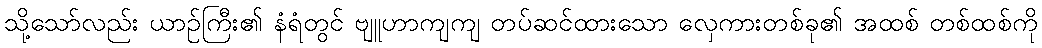
သို့သော်လည်း ယာဉ်ကြီး၏ နံရံတွင် ဗျူဟာကျကျ တပ်ဆင်ထားသော လှေကားတစ်ခု၏ အထစ် တစ်ထစ်ကို